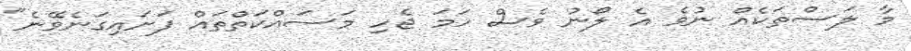
މާ ލަސްތަކެއް ނުވެ އެ ލޯނު ވެސް ހަމަ ޖެހި މަސައްކަތްތައް ފަށައިގަނެވޭނެ"